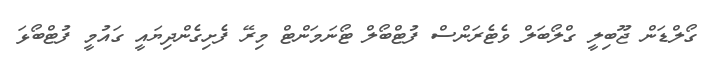
ގޯލްޑަން ޖޫބިލީ ގްލޯބަލް ވެޓެރަންސް ފުޓްބޯލް ޓޯނަމަންޓް މިރޭ ފެށިގެންދިޔައީ ގައުމީ ފުޓްބޯޅަ